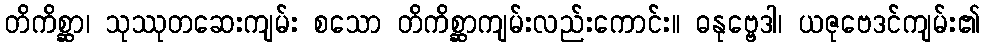
တိကိစ္ဆာ၊ သုဿုတဆေးကျမ်း စသော တိကိစ္ဆာကျမ်းလည်းကောင်း။ ဓနုဗ္ဗေဒါ၊ ယဇုဗေဒင်ကျမ်း၏